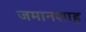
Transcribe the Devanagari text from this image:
जमानशाह